Leprosy in India: report of the Leprosy Commission in India, 1890-91
Year: 1890
Disease focus: Leprosy
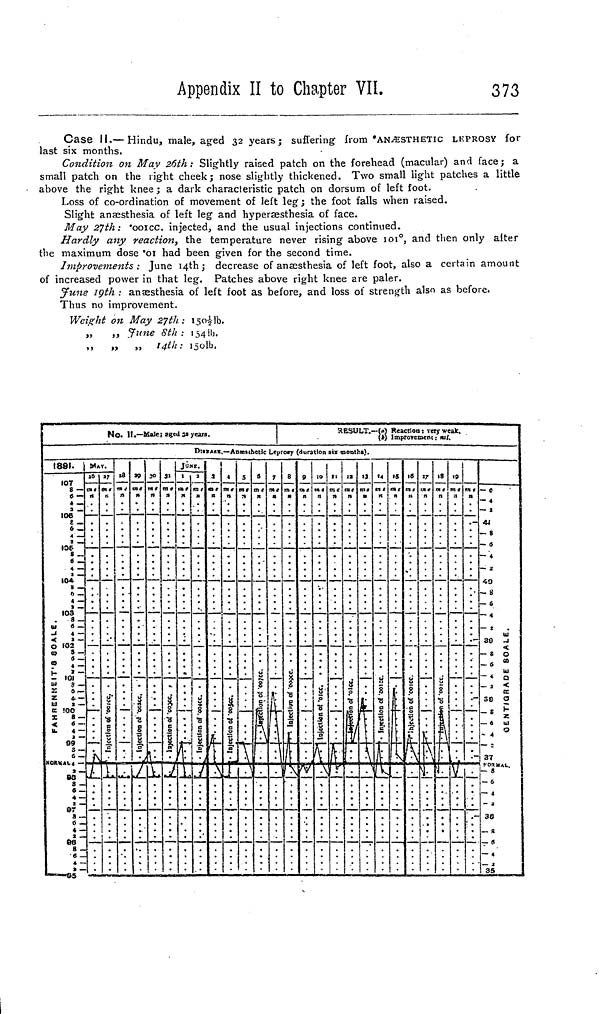
Appendix II to Chapter VII.
373
Case II.—Hindu, male, aged 32 years ; suffering from 'ANÆSTHETIC LEPROSY for
last six months.
Condition on May 26th: Slightly raised patch on the forehead (macular) and face; a
small patch on the right cheek; nose slightly thickened. Two small light patches a little
above the right knee ; a dark characteristic patch on dorsum of left foot.
Loss of co-ordination of movement of left leg ; the foot falls when raised.
Slight anæsthesia of left leg and hyperæsthesia of face.
May 27th: '001cc. injected, and the usual injections continued.
Hardly any reaction, the temperature never rising above 101 0 , and then only alter
the maximum dose '01 had been given for the second time.
Improvements : June 14th; decrease of anœsthesia of left foot, also a certain amount
of increased power in that leg. Patches above right knee are paler.
June 19th : anæsthesia of left foot as before, and loss of strength also as before.
Thus no improvement.
Weight on May 27th : 1501/2lb.
,, ,, June
8th
: 154lb.
,,
„
,,
14th: 150lb.